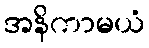
အနိကာမယံ